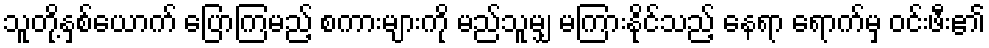
သူတို့နှစ်ယောက် ပြောကြမည့် စကားများကို မည်သူမျှ မကြားနိုင်သည့် နေရာ ရောက်မှ ဝင်းဖီး၏